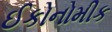
ઈકોનોમીક